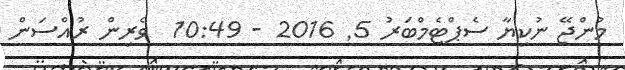
މުންޖޭ ނުކިޔާ ސެޕްޓެމްބަރު 5